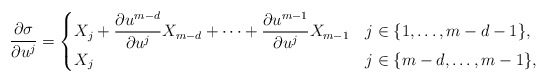
\begin{align*}\frac{\partial \sigma}{\partial u^{j}} =\begin{cases}X_{j} + \dfrac{\partial u^{m-d}}{\partial u^{j}} X_{m-d} + \dotsb + \dfrac{\partial u^{m-1}}{\partial u^{j}} X_{m-1} & j \in \{1, \dotsc, m-d-1\},\\X_{j} & j \in \{m-d, \dotsc, m-1\},\end{cases}\end{align*}